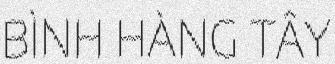
BÌNH HÀNG TÂY